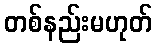
တစ်နည်းမဟုတ်